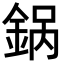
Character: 𬫚